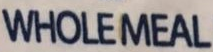
WHOLEMEAL